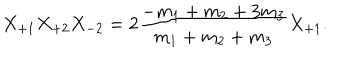
LaTeX: X _ { + 1 } X _ { + 2 } X _ { - 2 } = 2 \frac { - m _ { 1 } + m _ { 2 } + 3 m _ { 3 } } { m _ { 1 } + m _ { 2 } + m _ { 3 } } X _ { + 1 } .